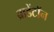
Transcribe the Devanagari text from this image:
ब्राडेंटॉन